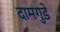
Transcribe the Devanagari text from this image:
दामगुडे